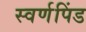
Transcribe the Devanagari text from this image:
स्वर्णपिंड